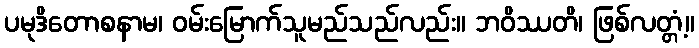
ပမုဒိတောစနာမ၊ ဝမ်းမြောက်သူမည်သည်လည်း။ ဘဝိဿတိ၊ ဖြစ်လတ္တံ့။